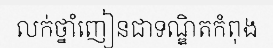
លក់ថ្នាំញៀនជាទណ្ឌិតកំពុង